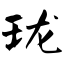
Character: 珑